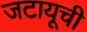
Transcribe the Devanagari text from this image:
जटायूची